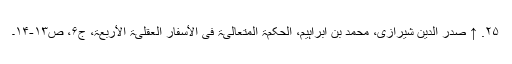
۲۵. ↑ صدر الدین شیرازی، محمد بن ابراہیم‌، الحکمۃ المتعالیۃ فی الأسفار العقلیۃ الأربعۃ، ج‌۶‌، ص‌۱۳‌-۱۴۔